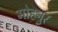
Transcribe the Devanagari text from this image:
मोहनुर